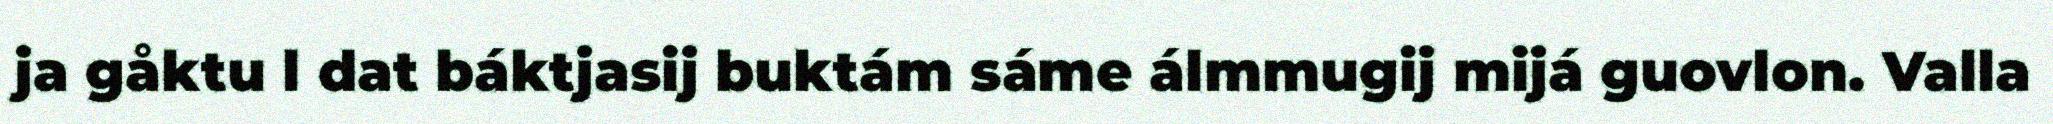
ja gåktu l dat báktjasij buktám sáme álmmugij mijá guovlon. Valla